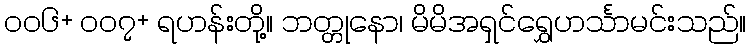
၀၀၆+ ၀၀၇+ ရဟန်းတို့။ ဘတ္တုနော၊ မိမိအရှင်ရွှေဟင်္သာမင်းသည်။